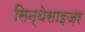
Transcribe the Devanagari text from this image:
सिन्थेसाइज़र